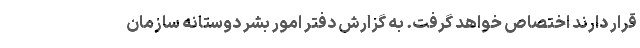
قرار دارند اختصاص خواهد گرفت. به گزارش دفتر امور بشر دوستانه سازمان